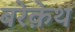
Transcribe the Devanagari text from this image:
बरेक़ेथ